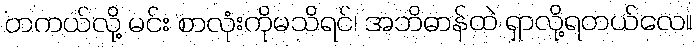
တကယ်လို့ မင်း စာလုံးကိုမသိရင်၊ အဘိဓာန်ထဲ ရှာလို့ရတယ်လေ။